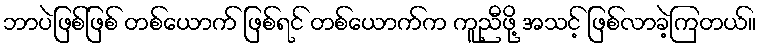
ဘာပဲဖြစ်ဖြစ် တစ်ယောက် ဖြစ်ရင် တစ်ယောက်က ကူညီဖို့ အသင့် ဖြစ်လာခဲ့ကြတယ်။